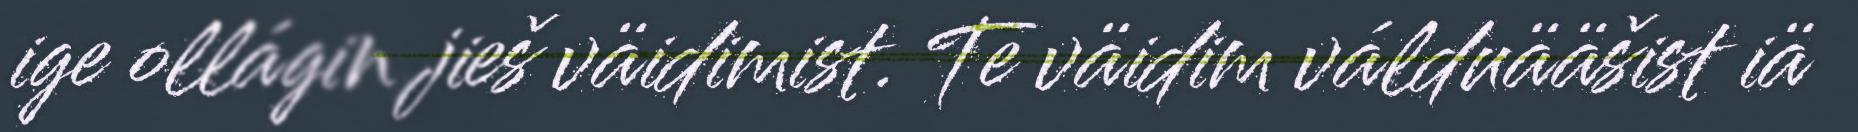
ige ollágin jieš väidimist. Te väidim válduääšist iä